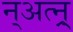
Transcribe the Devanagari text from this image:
न्अत्न्र्